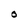
Character: O